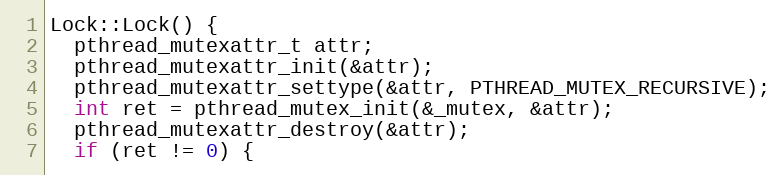
Language: C++
Lock::Lock() {
  pthread_mutexattr_t attr;
  pthread_mutexattr_init(&attr);
  pthread_mutexattr_settype(&attr, PTHREAD_MUTEX_RECURSIVE);
  int ret = pthread_mutex_init(&_mutex, &attr);
  pthread_mutexattr_destroy(&attr);
  if (ret != 0) {